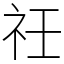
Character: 祍